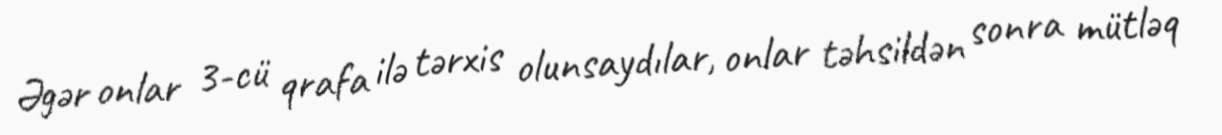
Əgər onlar 3-cü qrafa ilə tərxis olunsaydılar, onlar təhsildən sonra mütləq